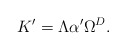
\begin{align*}K'=\Lambda \alpha ' \Omega^{D}. \end{align*}